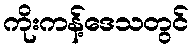
ကိုးကန့်ဒေသတွင်